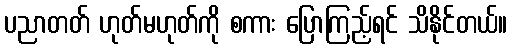
ပညာတတ် ဟုတ်မဟုတ်ကို စကား ပြောကြည့်ရင် သိနိုင်တယ်။